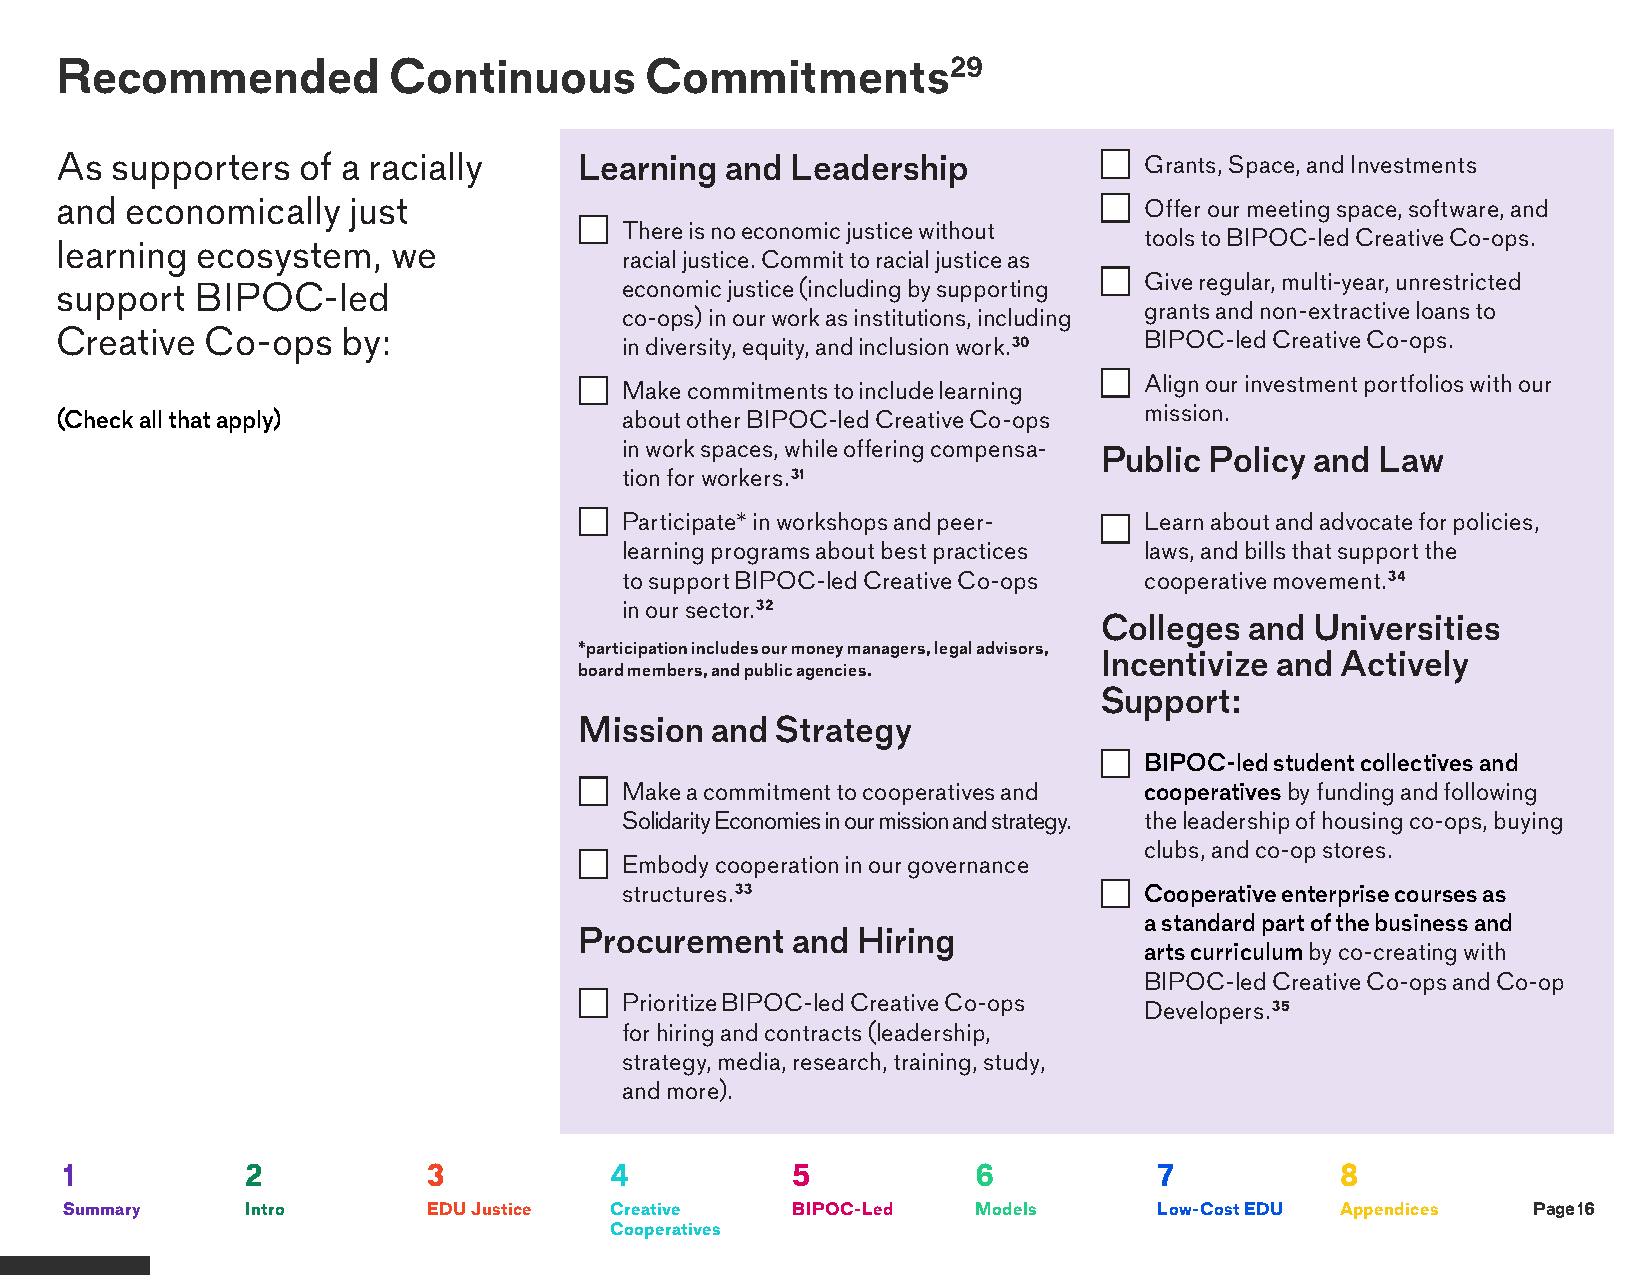
Recommended           Continuous       Commitments29
 As supporters   of a racially     Learning  and Leadership           •  Grants, Space, and Investments
 and economically   just                                              •  Offer our meeting space, software, and
 •  There is no economic justice without
 tools to BIPOC-led Creative Co-ops.
 learning ecosystem,   we
 racial justice. Commit to racial justice as
 •  Give regular, multi-year, unrestricted
 support  BIPOC-led                   economic justice (including by supporting
 grants and non-extractive loans to
 co-ops) in our work as institutions, including
 Creative  Co-ops   by:                                                  BIPOC-led Creative Co-ops.
 in diversity, equity, and inclusion work.30
 •  Align our investment portfolios with our
 •  Make commitments to include learning
 mission.
 (Check all that apply)               about other BIPOC-led Creative Co-ops
 in work spaces, while offering compensa-
 Public Policy and Law
 tion for workers.31
 •  Participate* in workshops and peer- • Learn about and advocate for policies,
 learning programs about best practices laws, and bills that support the
 to support BIPOC-led Creative Co-ops cooperative movement.34
 in our sector.32
 Colleges  and Universities
 *participation includes our money managers, legal advisors,
 Incentivize and Actively
 board members, and public agencies.
 Support:
 Mission  and Strategy
 •  BIPOC-led student collectives and
 •  Make a commitment to cooperatives and cooperatives by funding and following
 Solidarity Economies in our mission and strategy. the leadership of housing co-ops, buying
 clubs, and co-op stores.
 •  Embody cooperation in our governance
 structures.33                   •  Cooperative enterprise courses as
 a standard part of the business and
 Procurement   and  Hiring
 arts curriculum by co-creating with
 BIPOC-led Creative Co-ops and Co-op
 •  Prioritize BIPOC-led Creative Co-ops
 Developers.35
 for hiring and contracts (leadership,
 strategy, media, research, training, study,
 and more).
 1           2           3           4           5            6           7           8
 Summary     Intro       EDU Justice Creative    BIPOC-Led    Models      Low-Cost EDU Appendices Page 16
 Cooperatives